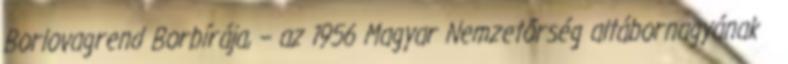
Borlovagrend Borbírája, – az 1956 Magyar Nemzetőrség altábornagyának